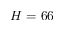
H = 6 6